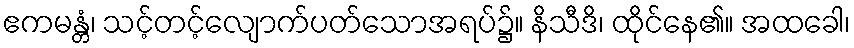
ဧကမန္တံ၊ သင့်တင့်လျောက်ပတ်သောအရပ်၌။ နိသီဒိ၊ ထိုင်နေ၏။ အထခေါ၊